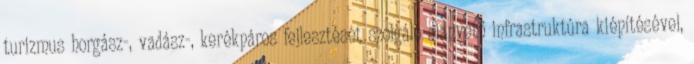
turizmus horgász-, vadász-, kerékpáros fejlesztését szolgáló alapvető infrastruktúra kiépítésével,